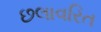
છલાવરિત